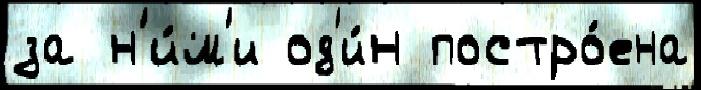
за н'и́м'и од'и́н постро́ена